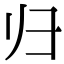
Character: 归